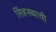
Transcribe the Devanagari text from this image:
सिंहस्थाची